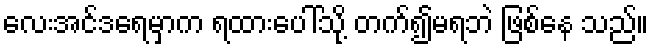
လေးအင်ဒရေမှာက ရထားပေါ်သို့ တက်၍မရဘဲ ဖြစ်နေ သည်။